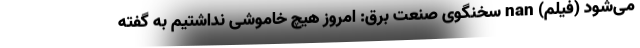
می‌شود (فیلم) nan سخنگوی صنعت برق: امروز هیچ خاموشی نداشتیم به گفته